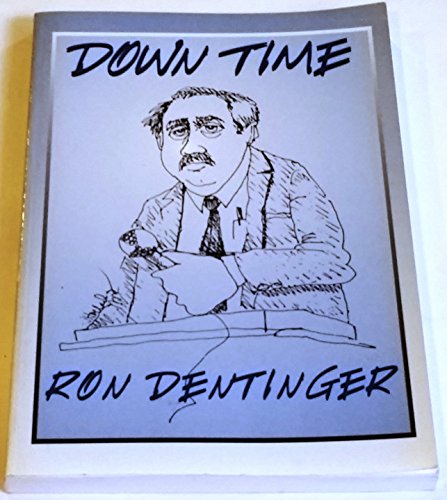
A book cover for Down Time; Ron Dentinger; Humor & Entertainment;